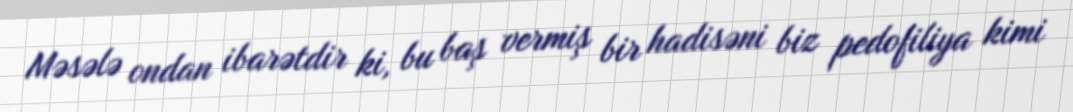
Məsələ ondan ibarətdir ki, bu baş vermiş bir hadisəni biz pedofiliya kimi